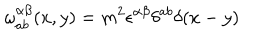
LaTeX: \omega _ { a b } ^ { \alpha \beta } ( x , y ) = m ^ { 2 } \epsilon ^ { \alpha \beta } \delta ^ { a b } \delta ( x - y )